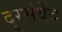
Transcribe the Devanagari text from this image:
दूरसंवेद